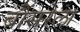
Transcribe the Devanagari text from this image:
बौंसरेला